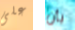
على بأن